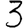
Digit: 3